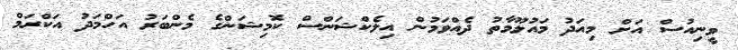
ވީނިއުސް އަށް މިއަދު މައުލޫމާތު ދެއްވަމުން އިލެކްޝަންސް ކޮމިޝަންގެ މެންބަރު އަހްމަދު އަކްރަމް